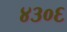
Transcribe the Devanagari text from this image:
४३०६